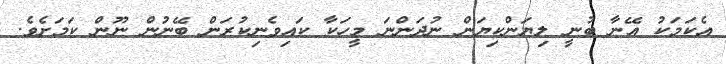
އެކަމަކު އޭނާ ބުނީ ލިޔަންކިޔަން ނުދަންނަ މީހަކާ ކައިވެނިކުރަން ބޭނުން ނޫން ކަމަށެވެ.